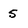
Character: 5